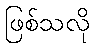
ဖြစ်သလို